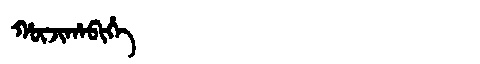
Manchu: ᡥᡡᠵᡳᡥᠠᠪᡳᡥᡝ
Romanization: HŪJIHABIHE